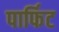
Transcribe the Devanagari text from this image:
पार्फिट